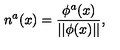
n ^ { a } ( x ) = \frac { \phi ^ { a } ( x ) } { | | \phi ( x ) | | } ,